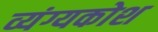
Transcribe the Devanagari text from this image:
व्यंग्यकोश